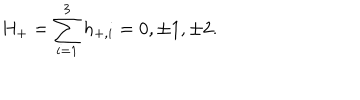
LaTeX: H _ { + } = \sum _ { i = 1 } ^ { 3 } h _ { + , i } = 0 , \pm 1 , \pm 2 .